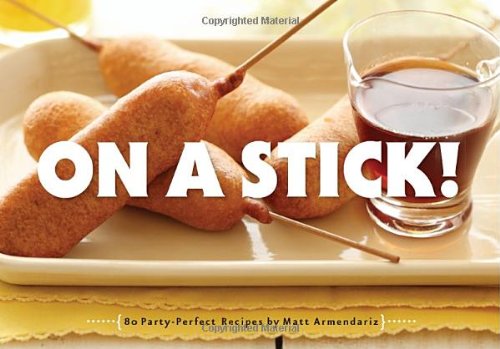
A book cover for On a Stick!: 80 Party-Perfect Recipes; Matt Armendariz; Cookbooks, Food & Wine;